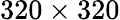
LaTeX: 320\times 320